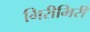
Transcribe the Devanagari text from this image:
भिरीभिरी